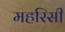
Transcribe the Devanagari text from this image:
महरिसी